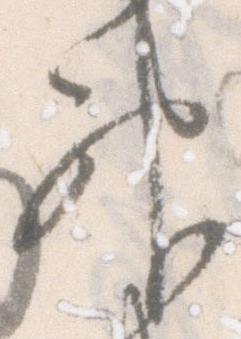
神